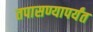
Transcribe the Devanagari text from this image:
तपासण्यापर्यंत